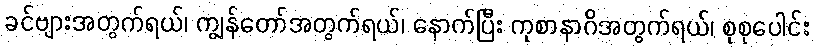
ခင်ဗျားအတွက်ရယ်၊ ကျွန်တော်အတွက်ရယ်၊ နောက်ပြီး ကုစာနာဂိအတွက်ရယ်၊ စုစုပေါင်း